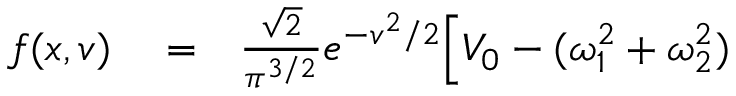
\begin{array} { r l r } { f ( x , \boldsymbol { v } ) } & { { } = } & { \frac { \sqrt { 2 } } { \pi ^ { 3 / 2 } } e ^ { - v ^ { 2 } / 2 } \Big [ V _ { 0 } - ( \omega _ { 1 } ^ { 2 } + \omega _ { 2 } ^ { 2 } ) } \end{array}